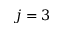
j = 3